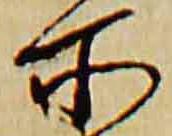
所